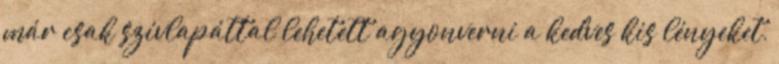
már csak szívlapáttal lehetett agyonverni a kedves kis lényeket,